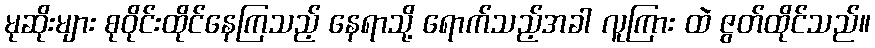
မုဆိုးများ စုဝိုင်းထိုင်နေကြသည့် နေရာသို့ ရောက်သည့်အခါ လူကြား ထဲ ဇွတ်ထိုင်သည်။